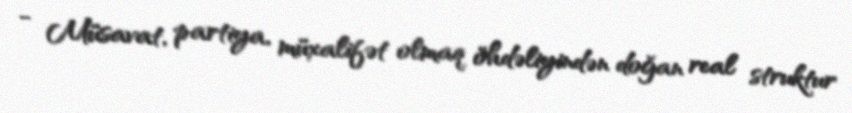
- Müsavat, partiya, müxalifət olmaq öhdəliyindən doğan real struktur